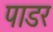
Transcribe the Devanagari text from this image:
पाडर